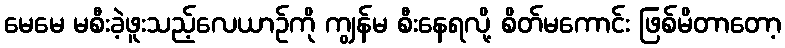
မေမေ မစီးခဲ့ဖူးသည့်လေယာဉ်ကို ကျွန်မ စီးနေရလို့ စိတ်မကောင်း ဖြစ်မိတာတော့